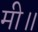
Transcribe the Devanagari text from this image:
मी॥